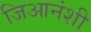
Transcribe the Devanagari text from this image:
जिआनंशी